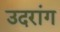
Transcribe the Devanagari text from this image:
उदरांग